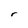
Character: r